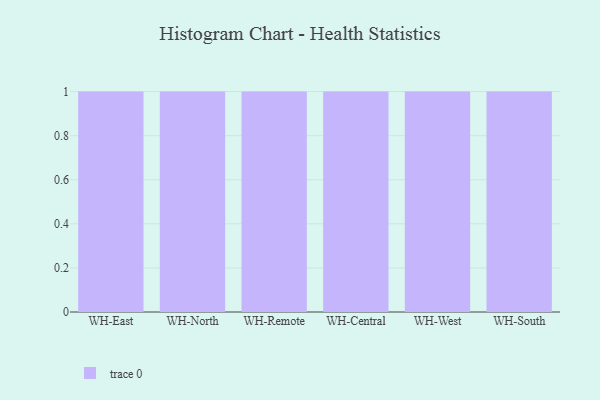
{"axis": {"x": "Warehouse", "y": "Population (Million)"}, "legend": [""], "data": [{"x": "WH-East", "y": 22, "type": ""}, {"x": "WH-North", "y": 73, "type": ""}, {"x": "WH-Remote", "y": 38, "type": ""}, {"x": "WH-Central", "y": 73, "type": ""}, {"x": "WH-West", "y": 96, "type": ""}, {"x": "WH-South", "y": 11, "type": ""}]}